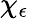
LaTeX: \chi_{\epsilon}